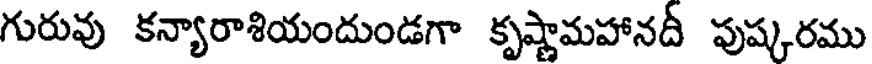
గురువు కన్యారాశియందుండగా కృష్ణామహానదీ పుష్కరము